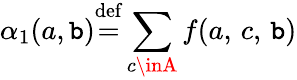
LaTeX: \alpha_{1}(a,\mathtt{b}){\stackrel{\mathrm{{def}}}{=}}\displaystyle\sum_{c\inA}f(a,\, c,\, \mathtt{b})